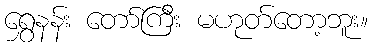
ရွှေနန်း တော်ကြီး မဟုတ်တော့ဘူး။